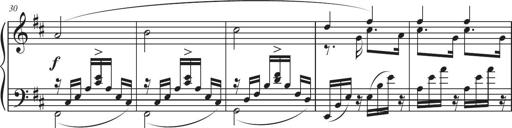
Title: Sonatina in D major
Composer: Shota Saitoh
Key: D major